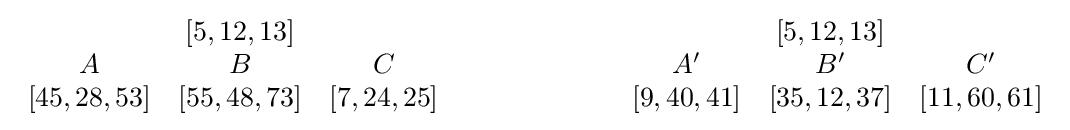
{\begin{array}{ccc}&\left[5,12,13\right]&\\A&B&C\\\left[45,28,53\right]&\left[55,48,73\right]&\left[7,24,25\right]\end{array}}\quad \quad \quad \quad \quad \quad {\begin{array}{ccc}{}&\left[5,12,13\right]&{}\\A'&B'&C'\\\left[9,40,41\right]&\left[35,12,37\right]&\left[11,60,61\right]\end{array}}